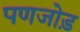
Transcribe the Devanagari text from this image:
पणजोड़